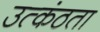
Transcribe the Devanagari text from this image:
उत्कंठता